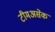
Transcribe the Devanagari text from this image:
टीमअसेक